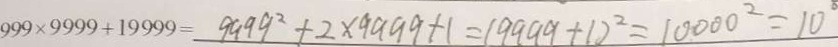
9 9 9 \times 9 9 9 9 + 1 9 9 9 9 = 9 9 9 9 ^ { 2 } + 2 \times 9 9 9 9 + 1 = ( 9 9 9 9 + 1 ) ^ { 2 } = 1 0 0 0 0 ^ { 2 } = 1 0 ^ { \circ }